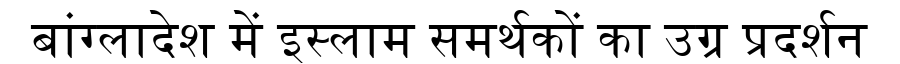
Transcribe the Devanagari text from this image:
बांग्लादेश में इस्लाम समर्थकों का उग्र प्रदर्शन